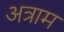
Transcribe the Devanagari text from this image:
अत्राम